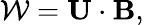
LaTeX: {\cal{W}}={\mathbf{U}}\cdot{\mathbf{B}},